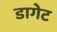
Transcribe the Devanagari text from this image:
डागेट